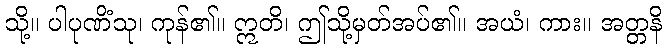
သို့။ ပါပုဏိံသု၊ ကုန်၏။ ဣတိ၊ ဤသို့မှတ်အပ်၏။ အယံ၊ ကား။ အတ္တနိ